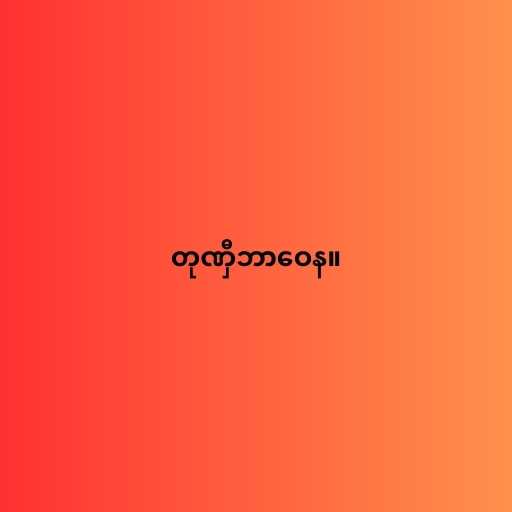
တုဏှီဘာဝေန။